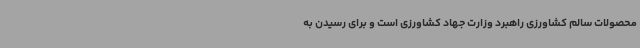
محصولات سالم کشاورزی راهبرد وزارت جهاد کشاورزی است و برای رسیدن به